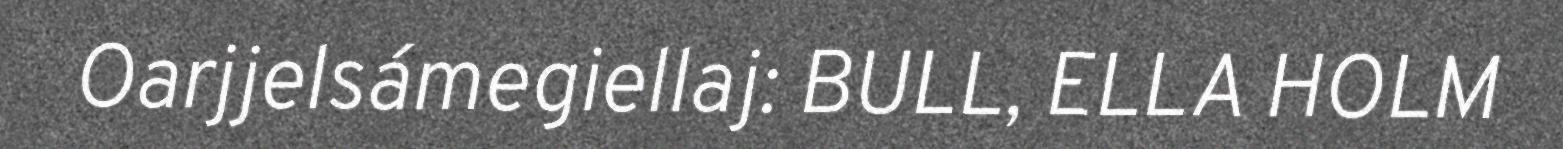
Oarjjelsámegiellaj: BULL, ELLA HOLM